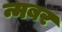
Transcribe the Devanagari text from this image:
न्मबर